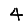
Digit: 4